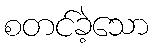
စတင်ခဲ့သော